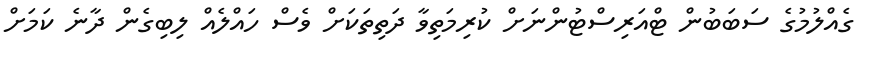
ގެއްލުމުގެ ސަބަބުން ޓްއަރިސްޓުންނަށް ކުރިމަތިވާ ދަތިތަކަށް ވެސް ހައްލެއް ލިބިގެން ދާނެ ކަމަށް